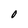
Character: O